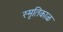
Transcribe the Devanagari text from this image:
स्मृतिकाळ